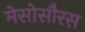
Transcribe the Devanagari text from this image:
मेसोसौरस